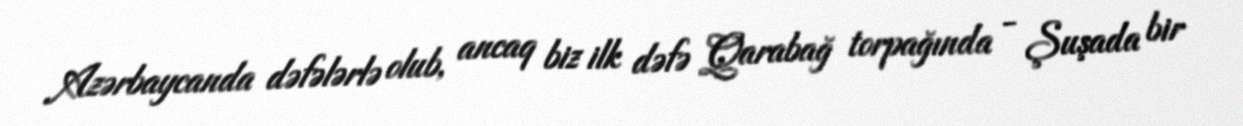
Azərbaycanda dəfələrlə olub, ancaq biz ilk dəfə Qarabağ torpağında - Şuşada bir